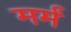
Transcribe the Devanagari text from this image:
मर्मं